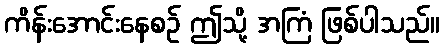
ကိန်းအောင်းနေစဉ် ဤသို့ အကြံ ဖြစ်ပါသည်။